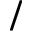
/